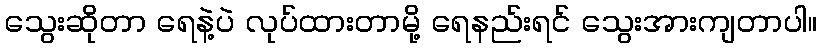
သွေးဆိုတာ ရေနဲ့ပဲ လုပ်ထားတာမို့ ရေနည်းရင် သွေးအားကျတာပါ။